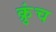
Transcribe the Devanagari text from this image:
क्रुंच